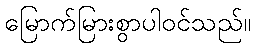
မြောက်မြားစွာပါဝင်သည်။